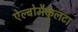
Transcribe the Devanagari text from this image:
ऐल्बोमैकुलटा